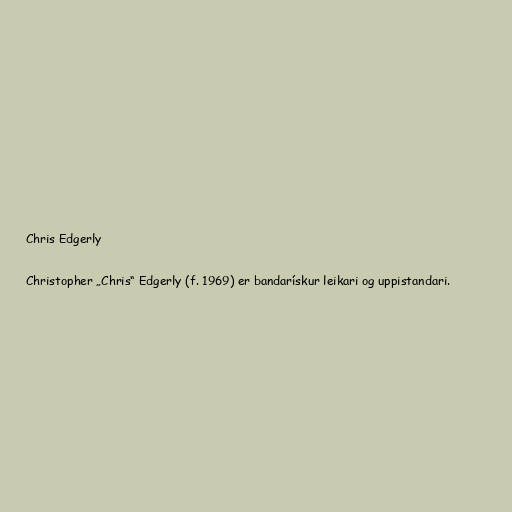
Chris Edgerly

Christopher „Chris“ Edgerly (f. 1969) er bandarískur leikari og uppistandari.